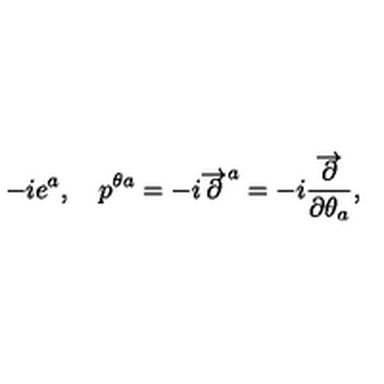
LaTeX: - i e ^ { a } , \quad p ^ { \theta a } = - i \overrightarrow { \partial } ^ { a } = - i \frac { \overrightarrow { \partial } } { \partial \theta _ { a } } ,